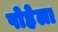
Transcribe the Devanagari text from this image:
पोहेला